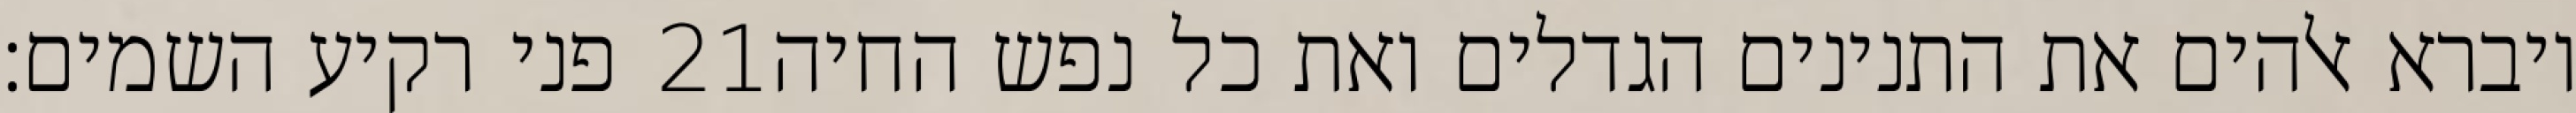
פני רקיע השמים׃ ‎21‏ ויברא אלהים את התנינים הגדלים ואת כל נפש החיה